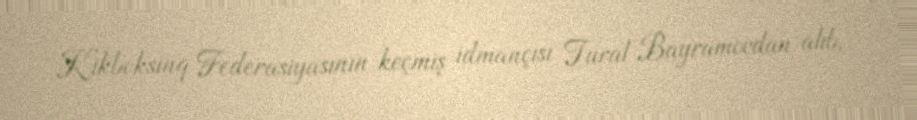
Kikboksinq Federasiyasının keçmiş idmançısı Tural Bayramovdan alıb.